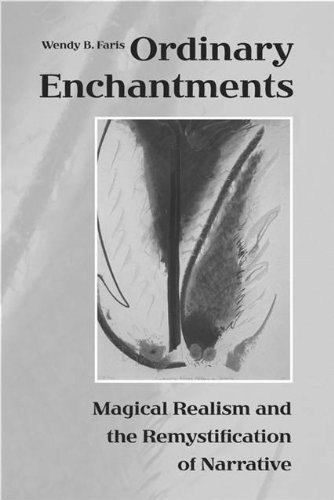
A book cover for Ordinary Enchantments: Magical Realism and the Remystification of Narrative; Wendy B. Faris; Literature & Fiction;